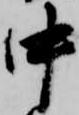
中